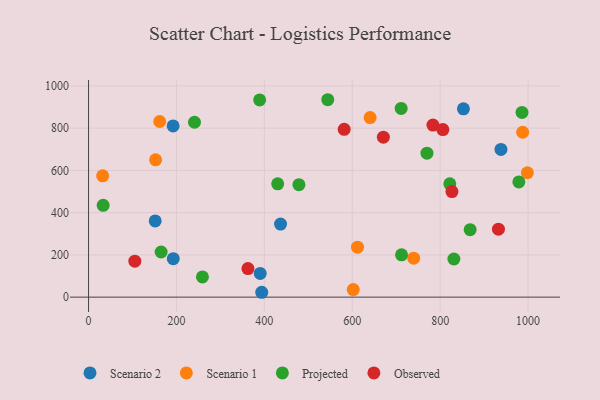
{"axis": {"x": "Speed", "y": "Exam Score"}, "legend": ["Observed", "Projected", "Scenario 1", "Scenario 2"], "data": [{"x": "852.9", "y": 891.3, "type": "Scenario 2"}, {"x": "436.8", "y": 346.0, "type": "Scenario 2"}, {"x": "938.3", "y": 699.2, "type": "Scenario 2"}, {"x": "394.0", "y": 23.0, "type": "Scenario 2"}, {"x": "390.5", "y": 112.4, "type": "Scenario 2"}, {"x": "192.7", "y": 181.9, "type": "Scenario 2"}, {"x": "192.4", "y": 810.5, "type": "Scenario 2"}, {"x": "151.6", "y": 360.9, "type": "Scenario 2"}, {"x": "161.9", "y": 831.6, "type": "Scenario 1"}, {"x": "152.5", "y": 650.2, "type": "Scenario 1"}, {"x": "739.7", "y": 184.5, "type": "Scenario 1"}, {"x": "32.0", "y": 574.3, "type": "Scenario 1"}, {"x": "640.6", "y": 850.2, "type": "Scenario 1"}, {"x": "998.4", "y": 588.8, "type": "Scenario 1"}, {"x": "987.7", "y": 780.5, "type": "Scenario 1"}, {"x": "611.9", "y": 236.6, "type": "Scenario 1"}, {"x": "602.2", "y": 35.7, "type": "Scenario 1"}, {"x": "711.2", "y": 893.2, "type": "Projected"}, {"x": "769.9", "y": 681.6, "type": "Projected"}, {"x": "389.3", "y": 933.7, "type": "Projected"}, {"x": "259.1", "y": 95.9, "type": "Projected"}, {"x": "478.6", "y": 532.5, "type": "Projected"}, {"x": "165.1", "y": 213.6, "type": "Projected"}, {"x": "712.1", "y": 200.4, "type": "Projected"}, {"x": "430.3", "y": 536.4, "type": "Projected"}, {"x": "821.9", "y": 536.5, "type": "Projected"}, {"x": "544.2", "y": 934.6, "type": "Projected"}, {"x": "979.0", "y": 545.4, "type": "Projected"}, {"x": "241.0", "y": 827.9, "type": "Projected"}, {"x": "986.2", "y": 874.3, "type": "Projected"}, {"x": "831.2", "y": 180.6, "type": "Projected"}, {"x": "33.2", "y": 434.8, "type": "Projected"}, {"x": "868.2", "y": 319.4, "type": "Projected"}, {"x": "105.3", "y": 170.1, "type": "Observed"}, {"x": "362.6", "y": 135.0, "type": "Observed"}, {"x": "783.5", "y": 814.8, "type": "Observed"}, {"x": "670.7", "y": 757.1, "type": "Observed"}, {"x": "932.6", "y": 321.6, "type": "Observed"}, {"x": "581.6", "y": 794.3, "type": "Observed"}, {"x": "826.8", "y": 499.8, "type": "Observed"}, {"x": "806.1", "y": 793.2, "type": "Observed"}]}